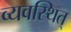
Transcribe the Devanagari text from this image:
व्यवस्थित्